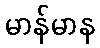
မာန်မာန